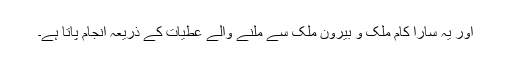
اور یہ سارا کام ملک و بیرون ملک سے ملنے والے عطیات کے ذریعہ انجام پاتا ہے۔